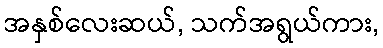
အနှစ်လေးဆယ်, သက်အရွယ်ကား,